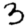
Digit: 3